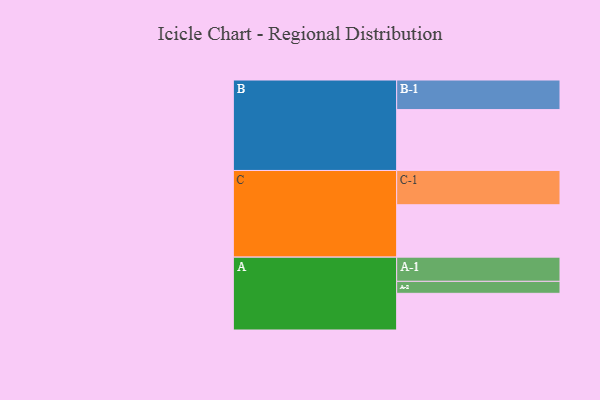
{"axis": {"x": "Segment", "y": "Value"}, "legend": ["", "A", "B", "C"], "data": [{"x": "A", "y": 306, "type": ""}, {"x": "B", "y": 508, "type": ""}, {"x": "C", "y": 437, "type": ""}, {"x": "A-1", "y": 202, "type": "A"}, {"x": "A-2", "y": 100, "type": "A"}, {"x": "B-1", "y": 247, "type": "B"}, {"x": "C-1", "y": 286, "type": "C"}]}